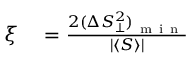
\begin{array} { r l } { \xi } & { { } = \frac { { 2 ( \Delta S _ { \bot } ^ { 2 } ) } _ { \mathrm { ~ m ~ i ~ n ~ } } } { \left| \left\langle S \right\rangle \right| } } \end{array}